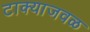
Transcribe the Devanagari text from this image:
टाक्याजवळ